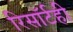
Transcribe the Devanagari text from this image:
रिसॉर्टही